Civil Veterinary Department Bihar reports 1936-40 - 1936-1940
Year: 1936
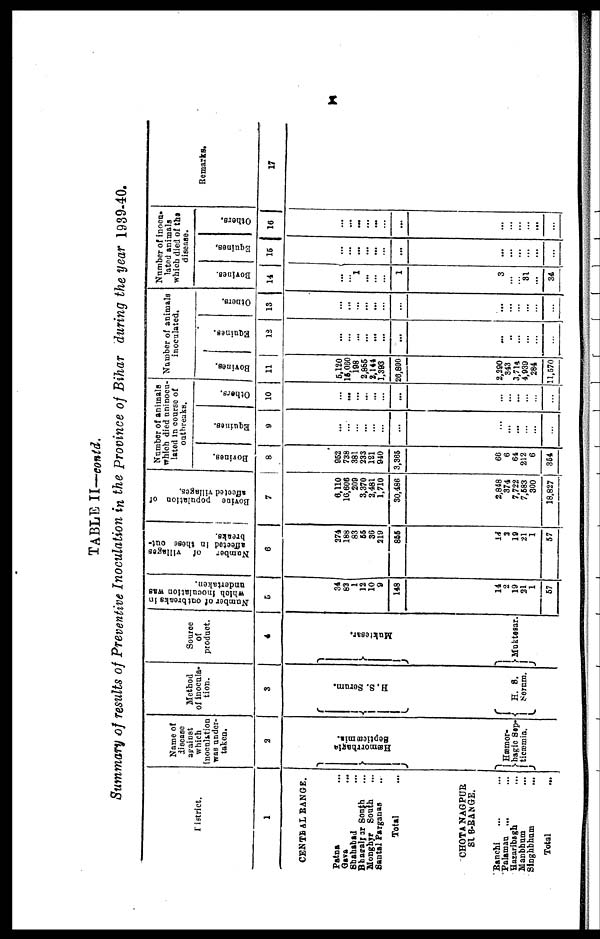
X
TABLE II—contd.
Summary of results of Preventive Inoculation in the Province of Bihar during the year 1939-40.
District.
1
CENTERAL RANGE.
Patna ...
Gava ...
Shahabad ...
Bhasalpar South ...
Monghyr South
Santal Parganas ...
Total ...
CHOTANAGPUR
SUB-RANGE.
Ranchi ... ...
Palaman ... ...
Hazaribsgh ...
Manbhum ...
Singhbhum
...
Total ...
Name of
disease
against
which
inoculation
was under-
taken.
2
Hæmorrhagria
Septicæmia.
Hæmor-
hagic Sep-
ticæmia.
Method
of inocula-
tion.
3
H. S. Serum.
H. S.
Serum.
Source
of
product.
4
Muktesar.
Muktesar.
Number of out breaks in
which
inoculation was
undertaken.
5
34
83
1
12
10
9
148
14
2
19
21
1
57
Number
of villages
affected in those out-
breaks.
6
274
188
83
55
36
219
856
16
3
19
21
1
57
Bovine population of
affected villages.
7
8,110
10,606
209
3,370
2,481
1,710
30,486
2,848
374
7,722
7,683
300
18,827
Number of animals
which died uninocu-
lated in course of
outbreaks.
Bovines.
8
952
738
381
233
121
940
3,365
66
6
64
212
6
354
Equines.
9
...
...
...
...
...
...
...
...
... ...
...
...
...
Others.
10
...
...
...
...
...
...
...
...
...
...
...
...
...
Number of animals
inoculated.
Bovines.
11
5,120
15,060
198
2,885
2,141
1,393
26,800
2,290
343
3,714
4,939
284
11,570
Equines.
12
...
...
...
...
... ...
...
...
...
...
... ...
...
Others.
13
...
...
...
...
...
...
...
...
...
...
...
...
...
Number of inocu-
lated animals
which died of the
disease.
Bovines.
14
...
... 1
...
...
...
1
3
...
...
31
...
34
Equines.
15
...
...
... ...
...
...
...
...
...
...
...
...
...
Others.
16
...
...
...
...
...
...
...
...
...
...
...
...
Remarks.
17